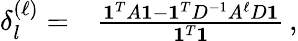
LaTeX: \begin{array}{rl}{\delta_{l}^{(\ell)}=}&{{}\frac{\mathbf{1}^{T}A\mathbf{1}-\mathbf{1}^{T}D^{-1}A^{\ell}D\mathbf{1}}{\mathbf{1}^{T}\mathbf{1}}\, ,}\end{array}